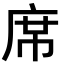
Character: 席